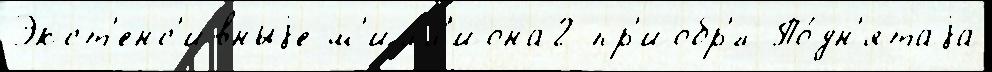
Экст'енс'ивныjе м'илл'иона2 пр'иобр'́л По́дн'ятаjа